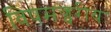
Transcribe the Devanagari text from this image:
विषमज्वरीय